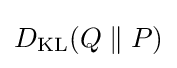
D_{\text{KL}}(Q\parallel P)